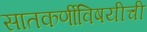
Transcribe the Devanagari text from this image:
सातकर्णीविषयीची